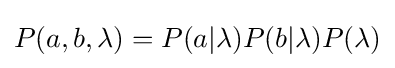
P(a,b,\lambda )=P(a|\lambda )P(b|\lambda )P(\lambda )